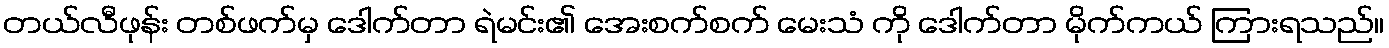
တယ်လီဖုန်း တစ်ဖက်မှ ဒေါက်တာ ရဲမင်း၏ အေးစက်စက် မေးသံ ကို ဒေါက်တာ မိုက်ကယ် ကြားရသည်။